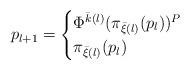
LaTeX: \begin{align*}p_{l+1} = \begin{cases}\Phi^{\bar k(l)}(\pi_{\bar \xi (l)}(p_l))^P &\\\pi_{\bar \xi (l)}(p_l) &\end{cases}\end{align*}